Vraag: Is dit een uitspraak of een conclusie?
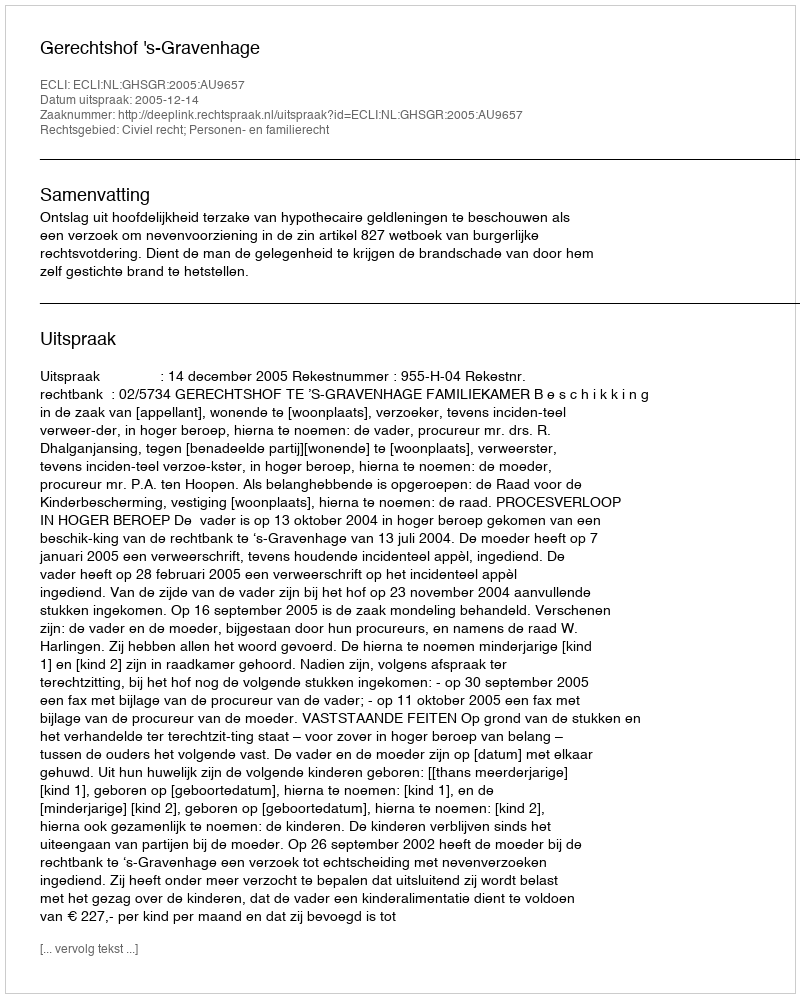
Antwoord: Uitspraak